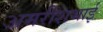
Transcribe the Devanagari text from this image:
अमरीशभाई